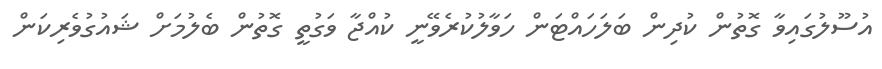
އުސޫލުގައިވާ ގޮތުން ކުދިން ބަލަހައްޓަން ހަވާލުކުރެވޭނީ ކުއްޖާ ވަގުތީ ގޮތުން ބެލުމަށް ޝައުގުވެރިކަން